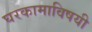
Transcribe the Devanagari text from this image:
घरकामाविषयी